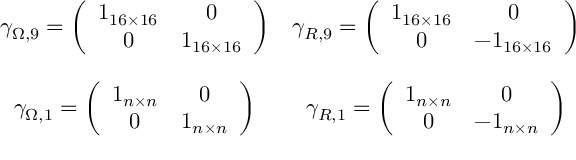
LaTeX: \begin{array} { c c } { { \gamma _ { \Omega , 9 } = \left( \begin{array} { c c } { { 1 _ { 1 6 \times 1 6 } } } & { { 0 } } \\ { { 0 } } & { { 1 _ { 1 6 \times 1 6 } } } \end{array} \right) } } & { { \gamma _ { { \cal R } , 9 } = \left( \begin{array} { c c } { { 1 _ { 1 6 \times 1 6 } } } & { { 0 } } \\ { { 0 } } & { { - 1 _ { 1 6 \times 1 6 } } } \end{array} \right) } } \\ { { { } } } & { { { } } } \\ { { \gamma _ { \Omega , 1 } = \left( \begin{array} { c c } { { 1 _ { n \times n } } } & { { 0 } } \\ { { 0 } } & { { 1 _ { n \times n } } } \end{array} \right) } } & { { \gamma _ { { \cal R } , 1 } = \left( \begin{array} { c c } { { 1 _ { n \times n } } } & { { 0 } } \\ { { 0 } } & { { - 1 _ { n \times n } } } \end{array} \right) } } \end{array}